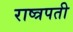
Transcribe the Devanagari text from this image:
राष्त्रपती